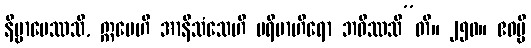
နိဗ္ဗာပေဿသိ, ဣမေဟိ အာနိသံသေဟိ ပရိဗာဟိရော ဘဝိဿသီ”တိ။ ၂၅၀။ ဧဝမ္ပိ